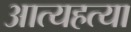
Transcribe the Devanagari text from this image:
आत्यहत्या